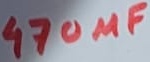
Text: 470µF